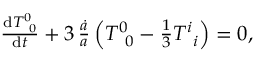
\begin{array} { r } { \frac { \mathrm { d } T _ { \, \, \, 0 } ^ { 0 } } { \mathrm { d } t } + 3 \, \frac { \dot { a } } { a } \left( T _ { \, \, \, 0 } ^ { 0 } - \frac { 1 } { 3 } T _ { \, \, \, i } ^ { i } \right) = 0 , } \end{array}